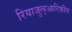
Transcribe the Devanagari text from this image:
रियाजुल्आरिफ़ीन